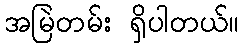
အမြဲတမ်း ရှိပါတယ်။